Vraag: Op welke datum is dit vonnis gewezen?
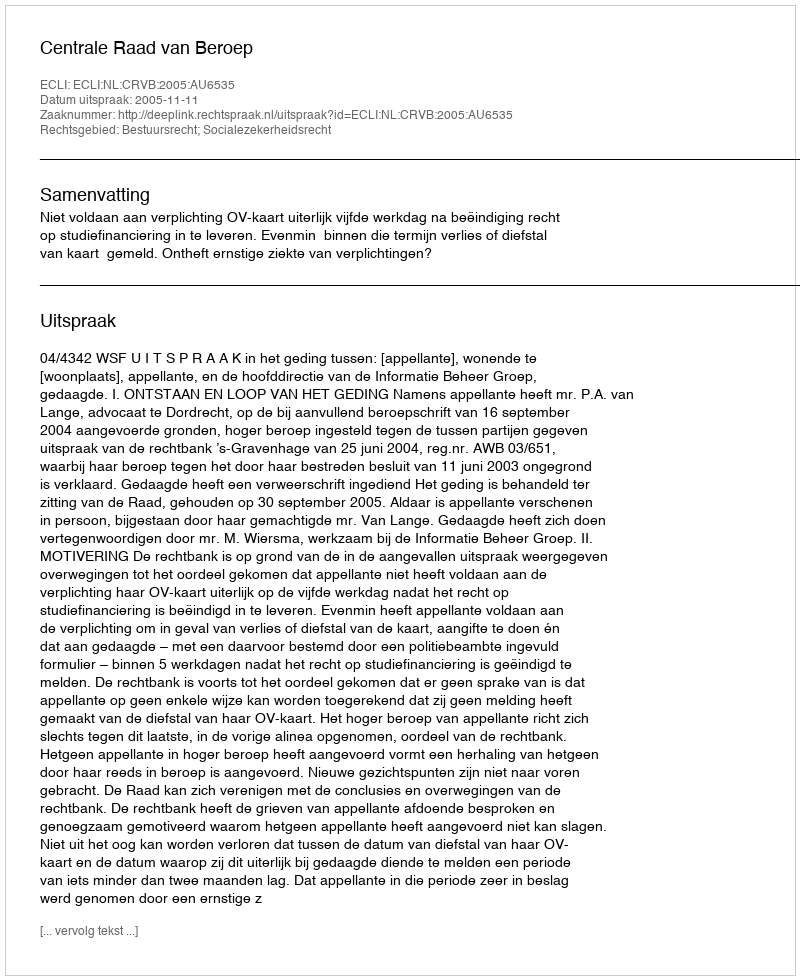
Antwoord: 2005-11-11